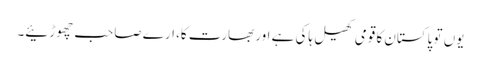
یوں تو پاکستان کا قومی کھیل ہاکی ہے اور بھارت کا، ارے صاحب چھوڑئیے۔